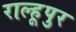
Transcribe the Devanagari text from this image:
राल्हूपुर